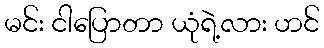
မင်း ငါပြောတာ ယုံရဲ့လား ဟင်